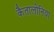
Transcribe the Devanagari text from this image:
कैतालोनिया